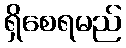
ရှိစေရမည်